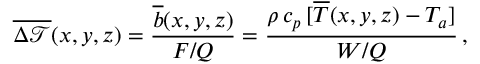
{ \overline { { \Delta \mathcal { T } } } ( x , y , z ) } = \frac { \overline { { b } } ( x , y , z ) } { F / Q } = \frac { \rho \, c _ { p } \, [ \overline { { T } } ( x , y , z ) - T _ { a } ] } { W / Q } \, ,